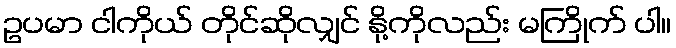
ဥပမာ ငါကိုယ် တိုင်ဆိုလျှင် နို့ကိုလည်း မကြိုက် ပါ။